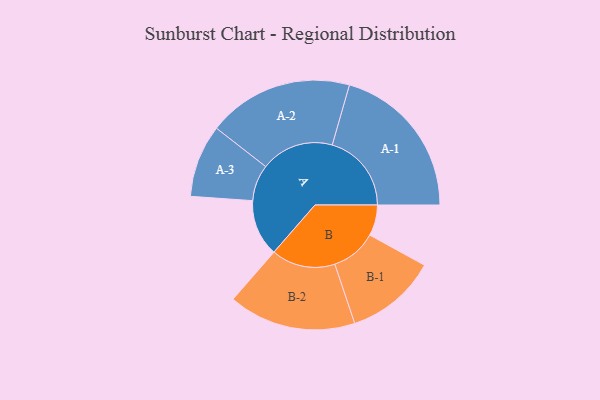
{"axis": {"x": "Segment", "y": "Value"}, "legend": ["", "A", "B"], "data": [{"x": "A", "y": 206, "type": ""}, {"x": "B", "y": 112, "type": ""}, {"x": "A-1", "y": 288, "type": "A"}, {"x": "A-2", "y": 265, "type": "A"}, {"x": "A-3", "y": 132, "type": "A"}, {"x": "B-1", "y": 166, "type": "B"}, {"x": "B-2", "y": 232, "type": "B"}]}